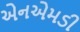
એનએમડી